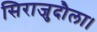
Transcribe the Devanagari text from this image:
सिराजुदौला।